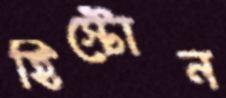
হিস্টোন